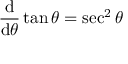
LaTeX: { \frac { \operatorname { d } } { \operatorname { d } \! \theta } } \tan \theta = \sec ^ { 2 } \theta